画像に写った文字を読んでください
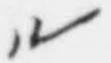
「ル」と書いてあります